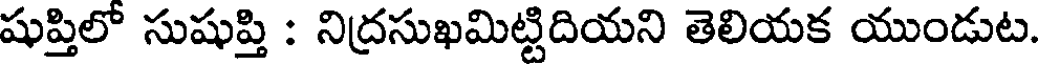
షుప్తిలో సుషుప్తి : నిద్రసుఖమిట్టిదియని తెలియక యుండుట.